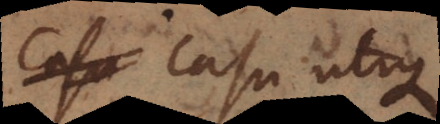
casu utique